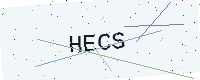
Text: HECS